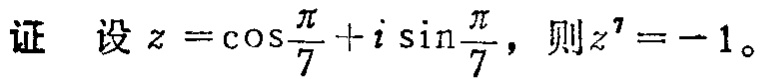
证 设\(z = \cos\frac{\pi}{7}+i\sin\frac{\pi}{7}\)，则\(z^{7}=-1\)。